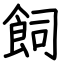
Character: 飼